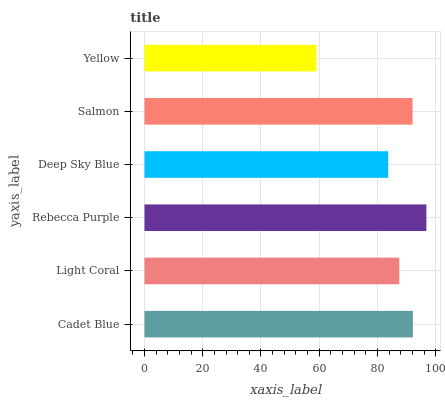
| yaxis_label | bars |
 | --- | --- |
 | Cadet Blue | 92.2 |
 | Light Coral | 87.5 |
 | Rebecca Purple | 96.8 |
 | Deep Sky Blue | 83.7 |
 | Salmon | 92.1 |
 | Yellow | 59.1 |